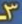
3